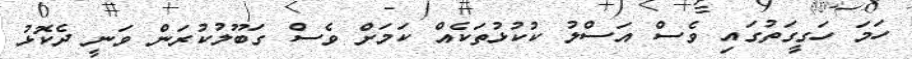
ހަމަ ހަގީގަތުގައި ވެސް އަސްލު ކުކުޅުތަކެއް ކަމަށް ވެސް ގަބޫލުކުރަން ވަނީ ދެކޮޅު